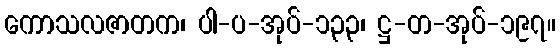
ကောသလဇာတက၊ ပါ-ပ-အုပ်-၁၃၃၊ ဋ္ဌ-တ-အုပ်-၁၉၇။